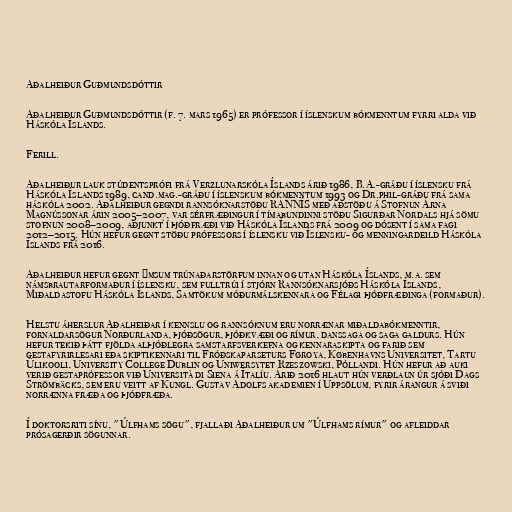
Aðalheiður Guðmundsdóttir

Aðalheiður Guðmundsdóttir (f. 7. mars 1965) er prófessor í íslenskum bókmenntum fyrri alda við
Háskóla Íslands.

Ferill.

Aðalheiður lauk stúdentsprófi frá Verzlunarskóla Íslands árið 1986, B.A.-gráðu í íslensku frá
Háskóla Íslands 1989, cand.mag.-gráðu í íslenskum bókmenntum 1993 og Dr.phil-gráðu frá sama
háskóla 2002. Aðalheiður gegndi rannsóknarstöðu RANNÍS með aðstöðu á Stofnun Árna
Magnússonar árin 2005–2007, var sérfræðingur í tímabundinni stöðu Sigurðar Nordals hjá sömu
stofnun 2008–2009, aðjunkt í þjóðfræði við Háskóla Íslands frá 2009 og dósent í sama fagi
2012–2015. Hún hefur gegnt stöðu prófessors í íslensku við Íslensku- og menningardeild Háskóla
Íslands frá 2016.

Aðalheiður hefur gegnt ýmsum trúnaðarstörfum innan og utan Háskóla Íslands, m.a. sem
námsbrautarformaður í íslensku, sem fulltrúi í stjórn Rannsóknarsjóðs Háskóla Íslands,
Miðaldastofu Háskóla Íslands, Samtökum móðurmálskennara og Félagi þjóðfræðinga (formaður).

Helstu áherslur Aðalheiðar í kennslu og rannsóknum eru norrænar miðaldabókmenntir,
fornaldarsögur Norðurlanda, þjóðsögur, þjóðkvæði og rímur, danssaga og saga galdurs. Hún
hefur tekið þátt fjölda alþjóðlegra samstarfsverkefna og kennaraskipta og farið sem
gestafyrirlesari eða skiptikennari til Fróðskaparseturs Føroya, Københavns Universitet, Tartu
Ülikooli, University College Dublin og Uniwersytet Rzeszowski, Póllandi. Hún hefur að auki
verið gestaprófessor við Università di Siena á Ítalíu. Árið 2016 hlaut hún verðlaun úr sjóði Dags
Strömbäcks, sem eru veitt af Kungl. Gustav Adolfs akademien í Uppsölum, fyrir árangur á sviði
norrænna fræða og þjóðfræða.

Í doktorsriti sínu, "Úlfhams sögu", fjallaði Aðalheiður um "Úlfhams rímur" og afleiddar
prósagerðir sögunnar.